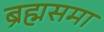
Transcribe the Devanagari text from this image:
ब्रह्मसमा